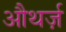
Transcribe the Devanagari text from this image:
औथर्ज़